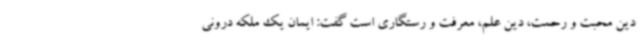
دین محبت و رحمت، دین علم، معرفت و رستگاری است گفت: ایمان یک ملکه درونی